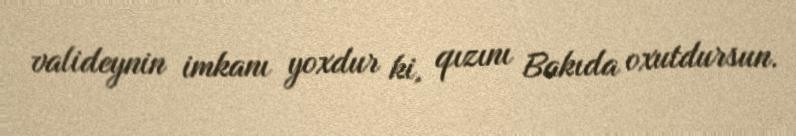
valideynin imkanı yoxdur ki, qızını Bakıda oxutdursun.